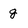
Character: g